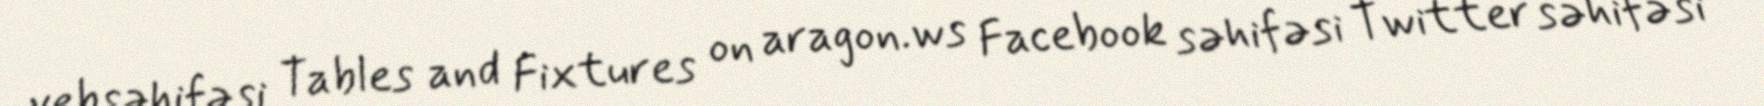
vebsəhifəsi Tables and Fixtures on aragon.ws Facebook səhifəsi Twitter səhifəsi